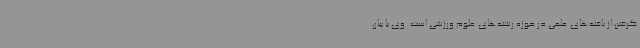
گرفتن از یافته‌های علمی در حوزه رشته‌های علوم ورزشی است. وی با بیان